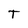
Character: T